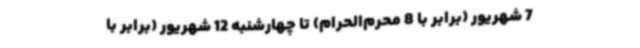
7 شهریور (برابر با 8 محرم‌الحرام) تا چهارشنبه 12 شهریور (برابر با